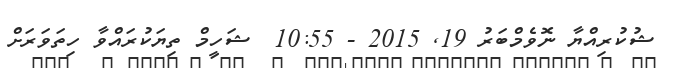
ޝުކުރިއްޔާ ނޮވެމްބަރު 19